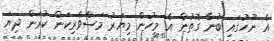
އެ ނޫހުގައި ބުނާ ގޮތުން އެ މީހުން މިޔަރު މަސްވެރިކަން ކުރަން ދިޔަ